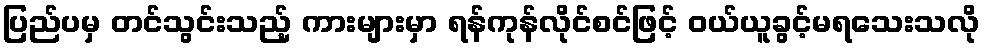
ပြည်ပမှ တင်သွင်းသည့် ကားများမှာ ရန်ကုန်လိုင်စင်ဖြင့် ဝယ်ယူခွင့်မရသေးသလို